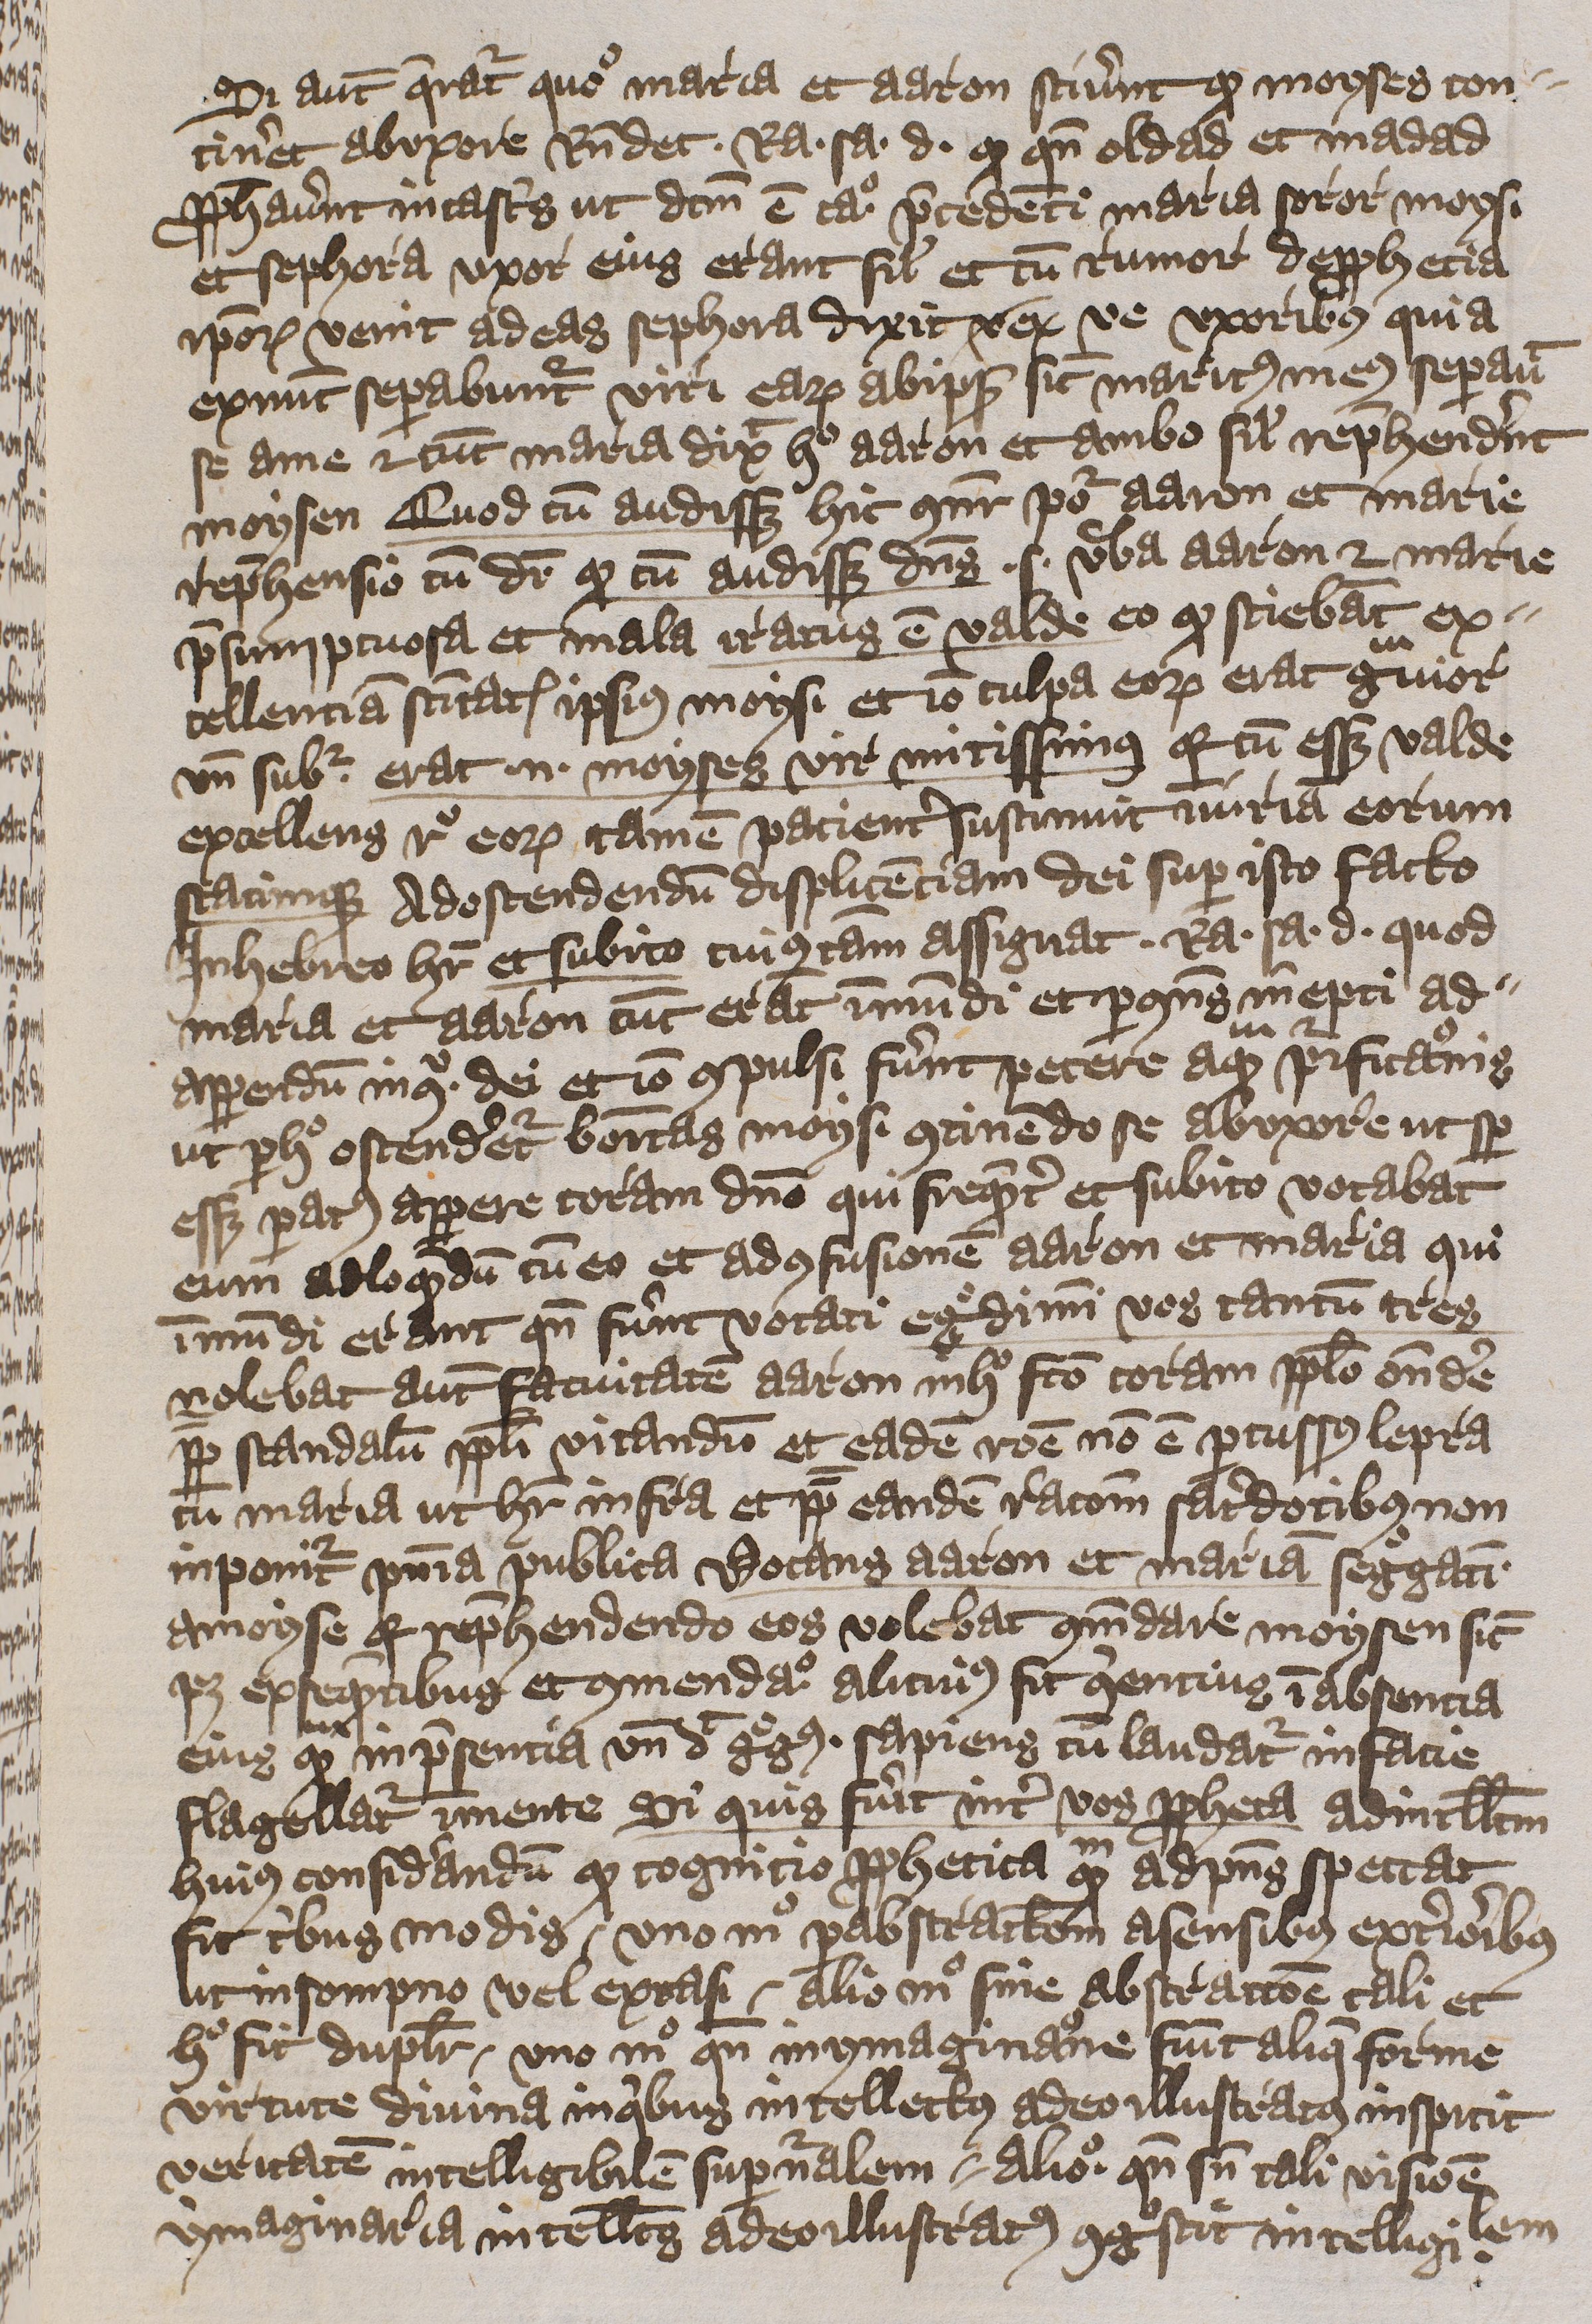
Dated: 1397–1397